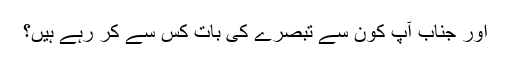
اور جناب آپ کون سے تبصرے کی بات کس سے کر رہے ہیں؟